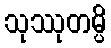
သုဿုတမ္ပိ